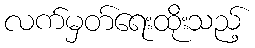
လက်မှတ်ရေးထိုးသည့်